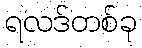
ရလဒ်တစ်ခု